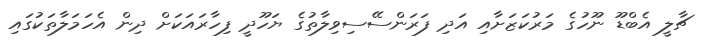
ޗާލީ އެބްޑޫ ނޫހުގެ މަރުކަޒަށާއި އަދި ފަރަންސޭސިވިލާތުގެ ޔަހޫދީ ފިހާރައަކަށް ދިން އެހަމަލާތަކުގައި